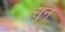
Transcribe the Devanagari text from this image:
त्सुन